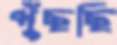
পুঁছছি